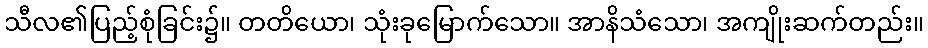
သီလ၏ပြည့်စုံခြင်း၌။ တတိယော၊ သုံးခုမြောက်သော။ အာနိသံသော၊ အကျိုးဆက်တည်း။